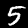
Label: 5